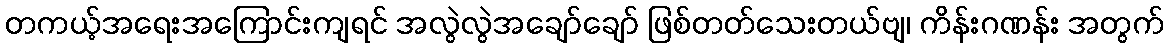
တကယ့်အရေးအကြောင်းကျရင် အလွဲလွဲအချော်ချော် ဖြစ်တတ်သေးတယ်ဗျ၊ ကိန်းဂဏန်း အတွက်